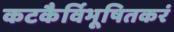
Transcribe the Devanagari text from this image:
कटकैर्विभूषितकरं